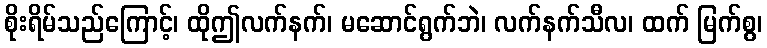
စိုးရိမ်သည်ကြောင့်၊ ထိုဤလက်နက်၊ မဆောင်ရွက်ဘဲ၊ လက်နက်သီလ၊ ထက် မြက်စွ၊